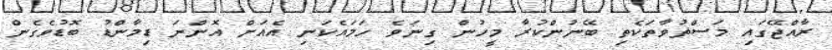
ރާއްޖޭގައި މަސްތުވާތަކެތި ބޭނުންކުރާ މީހުން ގިނަވެ ހަމައެކަނި އެއަށް އޮންނަ ޑިމާންޑު ބޮޑުވެގެން